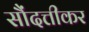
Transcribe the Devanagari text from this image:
सौंदत्तीकर